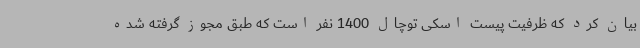
بیان کرد که ظرفیت پیست اسکی توچال 1400 نفر است که طبق مجوز گرفته شده